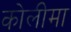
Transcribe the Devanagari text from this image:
कोलीमा